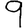
Digit: 9